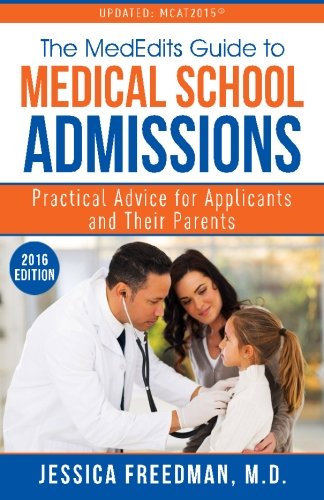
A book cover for The MedEdits Guide to Medical School Admissions: Practical Advice for Applicants and their Parents; Jessica Freedman M.D.; Test Preparation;